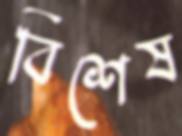
বিশেষ